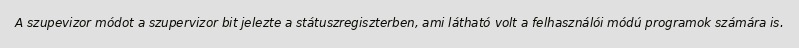
A szupevizor módot a szupervizor bit jelezte a státuszregiszterben, ami látható volt a felhasználói módú programok számára is.